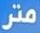
متر